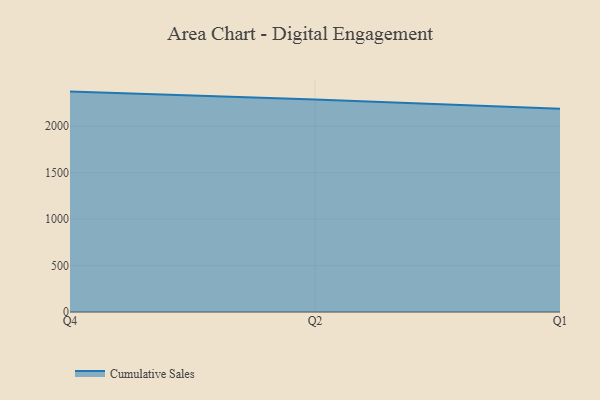
{"axis": {"x": "Quarter", "y": "Page Views"}, "legend": ["Cumulative Sales"], "data": [{"x": "Q4", "y": 2373.6, "type": "Cumulative Sales"}, {"x": "Q2", "y": 2288.9, "type": "Cumulative Sales"}, {"x": "Q1", "y": 2188.8, "type": "Cumulative Sales"}]}